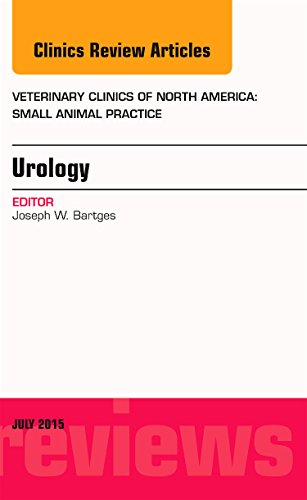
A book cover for Urology, An Issue of Veterinary Clinics of North America: Small Animal Practice, 1e (The Clinics: Veterinary Medicine); Joseph W. Bartges; Medical Books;